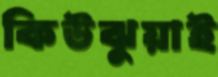
কিউঝুয়াই